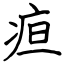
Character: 疸